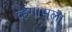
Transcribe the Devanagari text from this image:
व्हेगासला